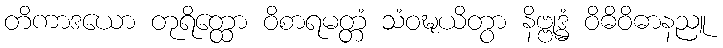
တိကာဒယော တုရိတ္ထော ဝိစာရမတ္တံ သံဝဍ္ဎယိတွာ နိဗ္ဗုဒ္ဓံ ဝိဓိဝိဓာနညူ